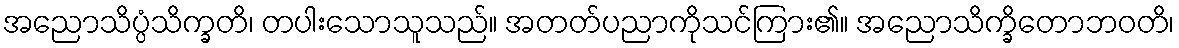
အညောသိပ္ပံသိက္ခတိ၊ တပါးသောသူသည်။ အတတ်ပညာကိုသင်ကြား၏။ အညောသိက္ခိတောဘဝတိ၊